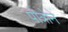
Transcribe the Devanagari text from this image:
पोत्रोने